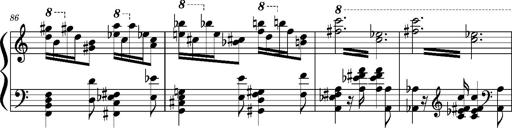
Title: Concerto sans orchestre, S.524a
Composer: Franz Liszt
Key: A major